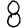
Digit: 8